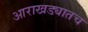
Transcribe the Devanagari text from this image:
आराखड्यातच